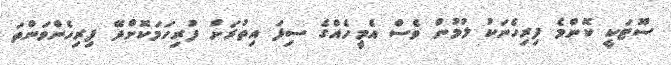
ސޫޓަކީ ކޮންމެ ފިރިހެނަކު ލުމުން ވެސް އެމީހެއްގެ ސިފަ އިތުރަށް ފުރިހަމަކޮށްދޭ ފިރިހެންވަންތަ